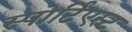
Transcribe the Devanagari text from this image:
स्पोर्टिएस्ट